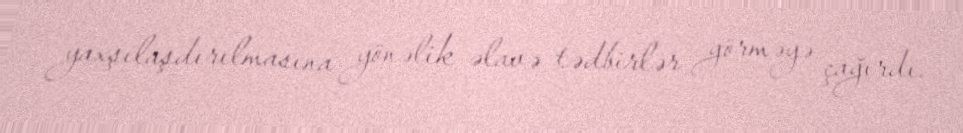
yaxşılaşdırılmasına yönəlik əlavə tədbirlər görməyə çağırdı.